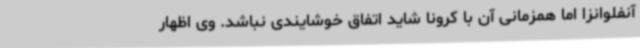
آنفلوانزا اما همزمانی آن با کرونا شاید اتفاق خوشایندی نباشد. وی اظهار